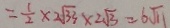
= \frac { 1 } { 2 } \times 2 \sqrt { 3 3 } \times 2 \sqrt { 3 } = 6 \sqrt { 1 1 }